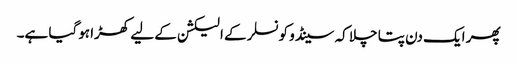
پھر ایک دن پتا چلا کہ سینڈو کونسلر کے الیکشن کے لیے کھڑا ہوگیا ہے۔